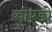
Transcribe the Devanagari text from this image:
काण्डो